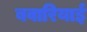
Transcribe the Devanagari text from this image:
बवारियाई